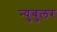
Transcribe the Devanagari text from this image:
न्‍युबुलर